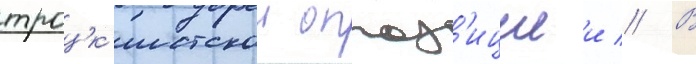
троцк'истскои оппоз'ициеи // В